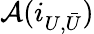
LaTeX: {\mathcal{A}}(i_{U,{\bar{U}}})